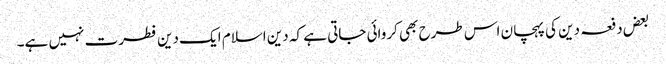
بعض دفعہ دین کی پہچان اس طرح بھی کروائی جاتی ہے کہ دین اسلام ایک دین فطرت نہیں ہے۔